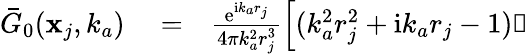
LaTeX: \begin{array}{rlr}{\bar{G}_{0}(\mathbf{x}_{j},k_{a})}&{{}=}&{\frac{\mathrm{e}^{\mathrm{i}k_{a}r_{j}}}{4\pi k_{a}^{2}r_{j}^{3}}\left[(k_{a}^{2}r_{j}^{2}+\mathrm{i}k_{a}r_{j}-1)\mathbb{1}\right.}\end{array}